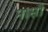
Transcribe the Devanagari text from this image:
नासौ